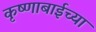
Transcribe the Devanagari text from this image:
कृष्णाबाईच्या